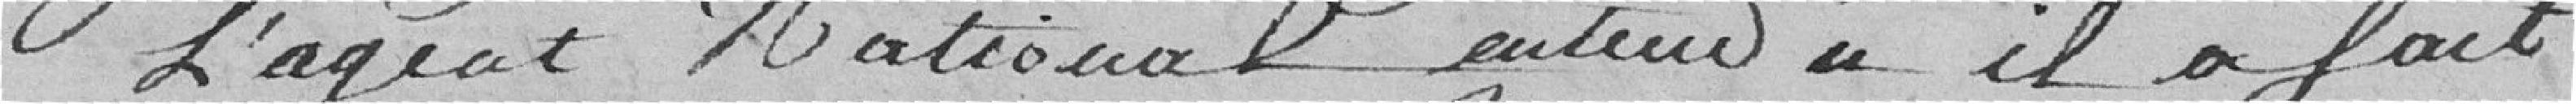
l'agent national entendu, il a fait